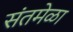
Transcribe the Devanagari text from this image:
संतमेळा